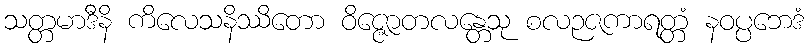
သတ္တမာဒီနိ ကိလေသနိဿိတော ဝိဇ္ဇောတလန္တေသု စလဉဇကာရတ္တံ နဝပ္ပဘေဒံ